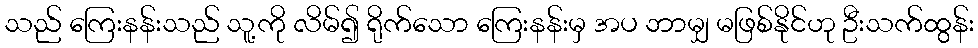
သည် ကြေးနန်းသည် သူ့ကို လိမ်၍ ရိုက်သော ကြေးနန်းမှ အပ ဘာမျှ မဖြစ်နိုင်ဟု ဦးသက်ထွန်း